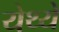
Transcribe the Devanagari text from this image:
येथ्ये